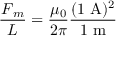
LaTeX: { \frac { { \boldsymbol { F } } _ { m } } { L } } = { \frac { \mu _ { 0 } } { 2 \pi } } { \frac { ( 1 \ \mathrm { { A ) ^ { 2 } } } } { { 1 } \ \mathrm { { m } } } }